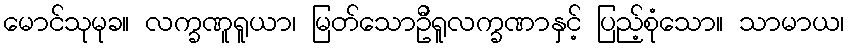
မောင်သုမုခ။ လက္ခဏူရူယာ၊ မြတ်သောဦရူလက္ခဏာနှင့် ပြည့်စုံသော။ သာမာယ၊